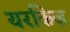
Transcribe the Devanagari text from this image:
यरकिज़